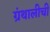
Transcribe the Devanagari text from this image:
ग्रंथालीची